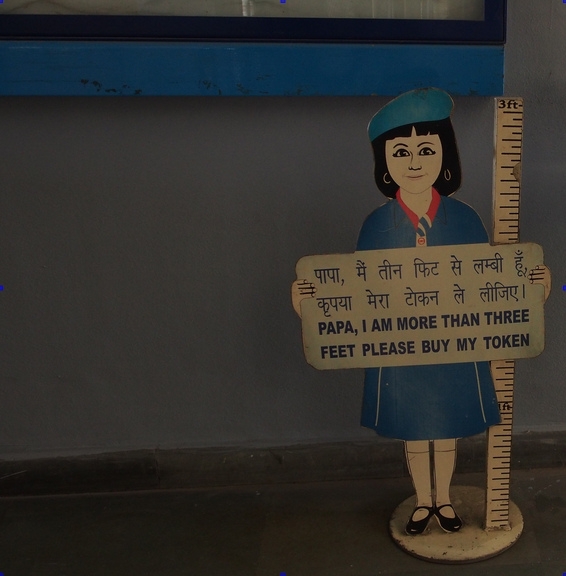
Language: hindi
Transcription: लीजिए। पापा, तीन से कृपया मेरा टोकन ले हूँ, मैं लम्बी